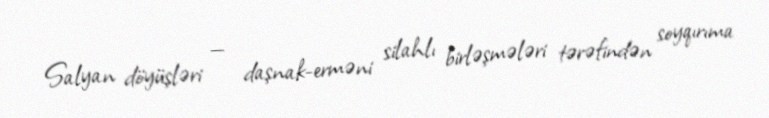
Salyan döyüşləri — daşnak-erməni silahlı birləşmələri tərəfindən soyqırıma